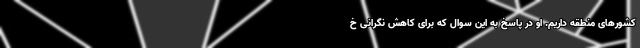
کشورهای منطقه داریم. او در پاسخ به این سوال که برای کاهش نگرانی خ